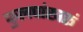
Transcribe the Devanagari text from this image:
फुलपांखरूं